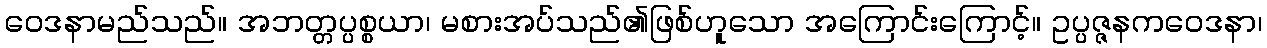
ဝေဒနာမည်သည်။ အဘတ္တပ္ပစ္စယာ၊ မစားအပ်သည်၏ဖြစ်ဟူသော အကြောင်းကြောင့်။ ဥပ္ပဇ္ဇနကဝေဒနာ၊